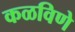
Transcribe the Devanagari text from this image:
कळविणे